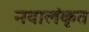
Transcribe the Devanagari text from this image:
नवालंकृत